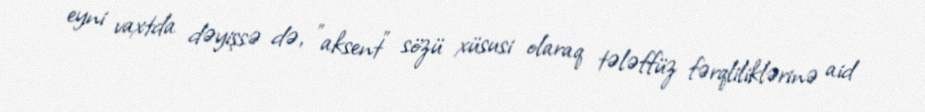
eyni vaxtda dəyişsə də, "aksent" sözü xüsusi olaraq tələffüz fərqliliklərinə aid